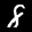
Label: 8